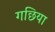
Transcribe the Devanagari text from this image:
गछिया